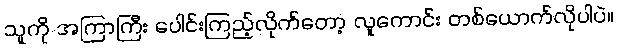
သူကို အကြာကြီး ပေါင်းကြည့်လိုက်တော့ လူကောင်း တစ်ယောက်လိုပါပဲ။